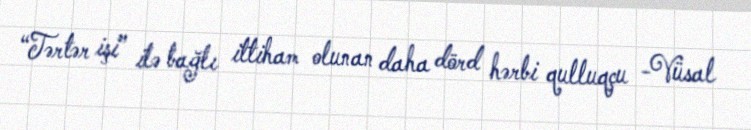
“Tərtər işi” ilə bağlı ittiham olunan daha dörd hərbi qulluqçu -Vüsal